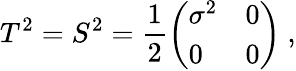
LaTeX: T^{2}=S^{2}=\frac{1}{2}\left(\begin{array}{ll}{{\sigma^{2}}}&{{0}}\\ {{0}}&{{0}}\end{array}\right)\ ,